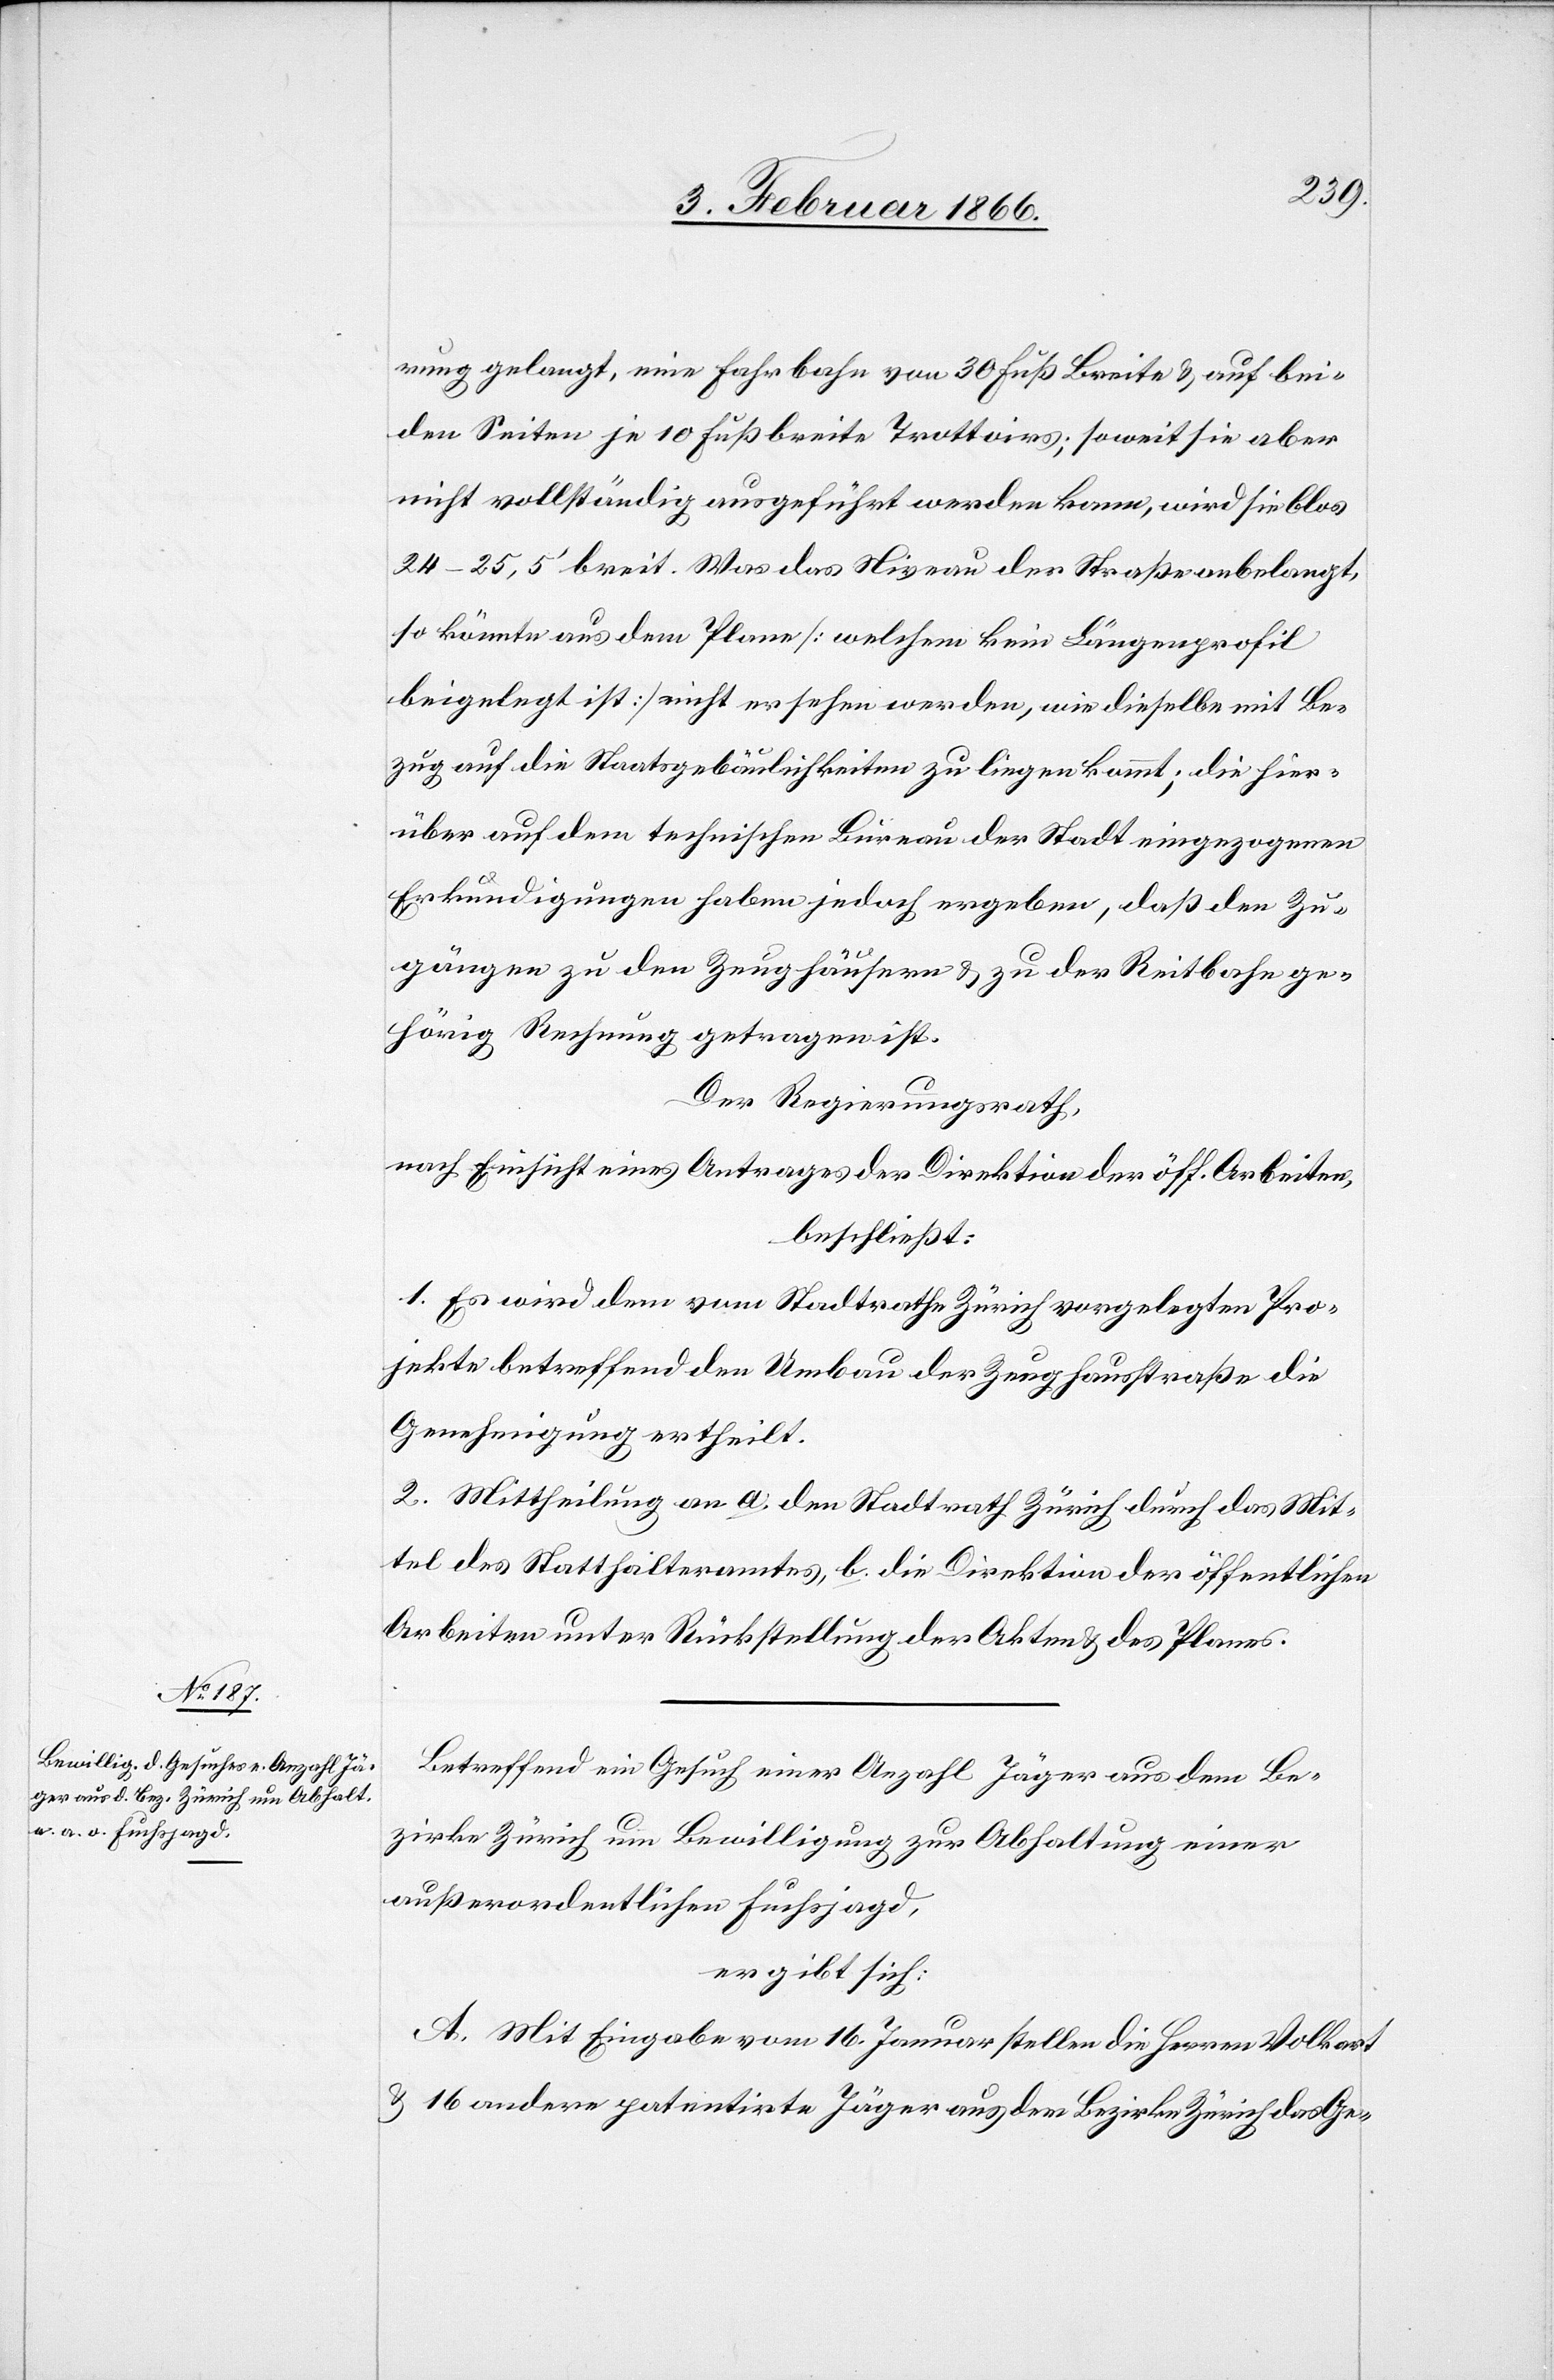
rung gelangt, eine Fahrbahn von 30 Fuß Breite u. auf bei¬
den Seiten je 10 Fuß breite Trottoirs; soweit sie aber
nicht vollständig ausgeführt werden kann, wird sie blos
24–25,5‘ breit. Was das Niveau der Straße anbelangt.
so könnte aus dem Plane [welchem kein Längenprofil
beigelegt ist] nicht ersehen werden, wie dieselbe mit Be¬
zug auf die Staatsgebäulichkeiten zu liegen kommt; die hier¬
über auf dem technischen Büreau der Stadt eingezogenen
Erkundigungen haben jedoch ergeben, daß den Zu¬
gängen zu den Zeughäusern u. zu der Reitbahn ge¬
hörig Rechnung getragen ist.
Der Regierungsrath,
nach Einsicht eines Antrages der Direktion der öff. Arbeiten,
beschließt:
1. Es wird dem vom Stadtrathe Zürich vorgelegten Pro¬
jekte betreffend den Umbau der Zeughausstraße die
Genehmigung ertheilt.
2. Mittheilung an a. den Stadtrath Zürich durch das Mit¬
tel des Statthalteramtes, b. die Direktion der öffentlichen
Arbeiten unter Rückstellung der Akten u. des Planes.
Betreffend ein Gesuch einer Anzahl Jäger aus dem Be¬
zirke Zürich um Bewilligung zur Abhaltung einer
außerordentlichen Fuchsjagd,
ergibt sich:
A. Mit Eingabe vom 16. Januar stellen die Herren Volkart
u. 16 andere patentirte Jäger aus dem Bezirke Zürich das Ge-